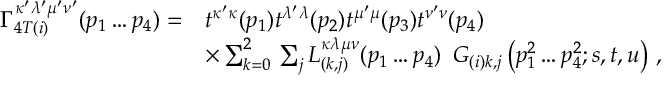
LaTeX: \begin{array} { r l } { { \Gamma _ { 4 T ( i ) } ^ { \kappa ^ { \prime } \lambda ^ { \prime } \mu ^ { \prime } \nu ^ { \prime } } ( p _ { 1 } \ldots p _ { 4 } ) = } } & { { t ^ { \kappa ^ { \prime } \kappa } ( p _ { 1 } ) t ^ { \lambda ^ { \prime } \lambda } ( p _ { 2 } ) t ^ { \mu ^ { \prime } \mu } ( p _ { 3 } ) t ^ { \nu ^ { \prime } \nu } ( p _ { 4 } ) } } \\ { { \mathrm { } } } & { { \times \sum _ { k = 0 } ^ { 2 } \, \sum _ { j } L _ { ( k , j ) } ^ { \kappa \lambda \mu \nu } ( p _ { 1 } \ldots p _ { 4 } ) \, \, \, G _ { ( i ) k , j } \left( p _ { 1 } ^ { 2 } \ldots p _ { 4 } ^ { 2 } ; s , t , u \right) \, , } } \end{array}